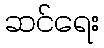
ဆင်ရေး